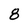
Character: 8